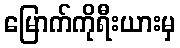
မြောက်ကိုရီးယားမှ